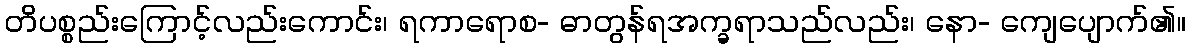
တိပစ္စည်းကြောင့်လည်းကောင်း၊ ရကာရောစ- ဓာတွန်ရအက္ခရာသည်လည်း၊ နော- ကျေပျောက်၏။